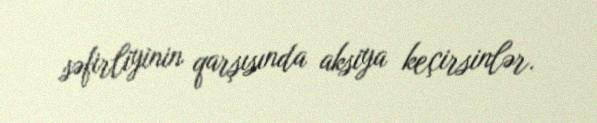
səfirliyinin qarşısında aksiya keçirsinlər.